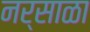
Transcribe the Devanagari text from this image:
नर्साळा